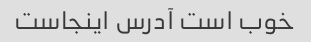
خوب است آدرس اینجاست